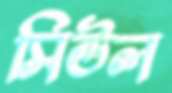
সিউল